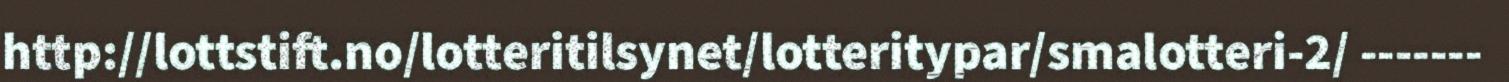
http://lottstift.no/lotteritilsynet/lotteritypar/smalotteri-2/ -------